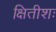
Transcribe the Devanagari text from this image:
क्षितीशः